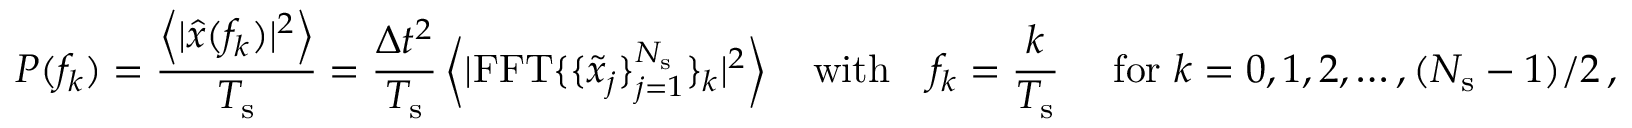
P ( f _ { k } ) = \frac { \left< | \hat { x } ( f _ { k } ) | ^ { 2 } \right> } { T _ { \mathrm { s } } } = \frac { \Delta t ^ { 2 } } { T _ { \mathrm { s } } } \left< | \mathrm { F F T } \{ \{ \tilde { x } _ { j } \} _ { j = 1 } ^ { N _ { \mathrm { s } } } \} _ { k } | ^ { 2 } \right> \ \ \ \mathrm { w i t h } \ \ \ f _ { k } = \frac { k } { T _ { \mathrm { s } } } \ \ \ \ \mathrm { f o r } \ k = 0 , 1 , 2 , \ldots , ( N _ { \mathrm { s } } - 1 ) / 2 \, ,